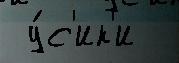
 у́с'ик'и